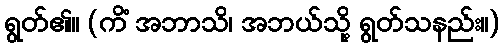
ရွတ်၏။ (ကိံ အဘာသိ၊ အဘယ်သို့ ရွတ်သနည်း။)